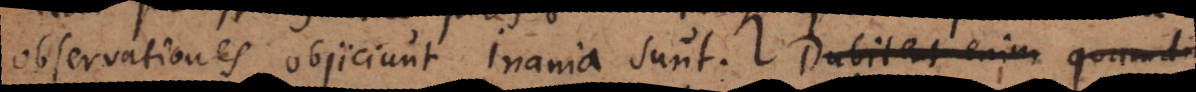
observationes objiciunt, inania sunt. Dubitent enim qua